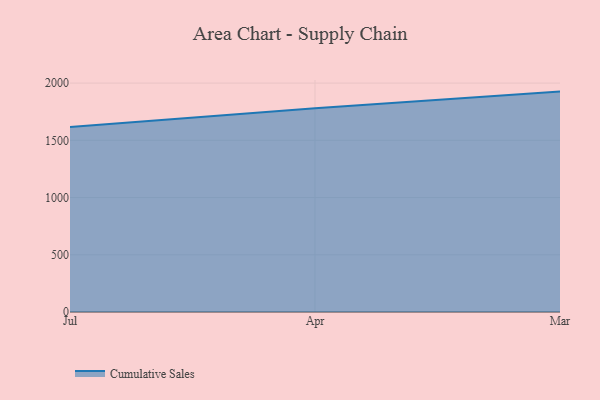
{"axis": {"x": "Month", "y": "Humidity (%)"}, "legend": ["Cumulative Sales"], "data": [{"x": "Jul", "y": 1616.3, "type": "Cumulative Sales"}, {"x": "Apr", "y": 1780.0, "type": "Cumulative Sales"}, {"x": "Mar", "y": 1925.7, "type": "Cumulative Sales"}]}